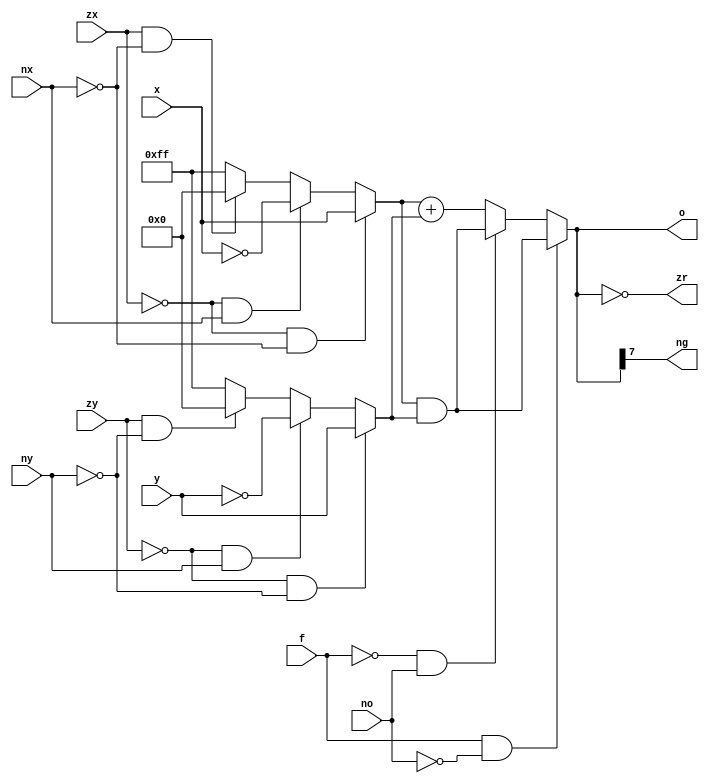
module Calc(
    input [7:0] x,y,
    input zx,nx,zy,ny,f,no,
    output [7:0] o,
    output zr,ng
    );
    wire [7:0] X,Y;

    // Assigning the values of X and Y
    assign X = ((~zx)&(~nx))?x:((~zx)&nx)?(~x):(zx&(~nx))?8'b0:(~8'b0);
    assign Y = ((~zy)&(~ny))?y:((~zy)&ny)?(~y):(zy&(~ny))?8'b0:(~8'b0);

    // Assigning the final output
    assign o = ((f)&(~no))?(X&Y):((~f)&no)?((X&Y)):(f&(no))?(X+Y):((X+Y));

    // Output control bit for zr
    assign zr = (o==0);

    // Output control bit for ng
    assign ng = o[7];

endmodule